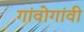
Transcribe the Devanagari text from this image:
गांवोगांवी